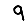
Digit: 9